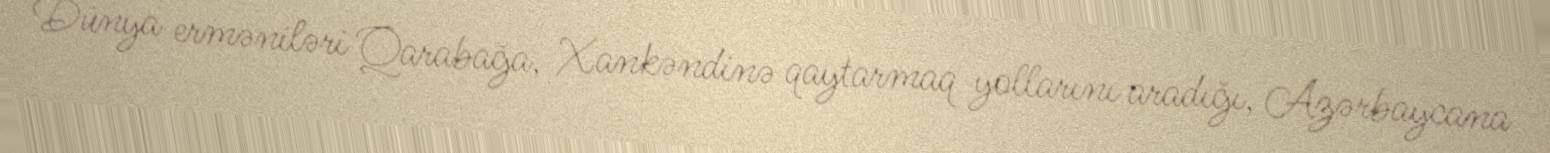
Dünya erməniləri Qarabağa, Xankəndinə qaytarmaq yollarını aradığı, Azərbaycana